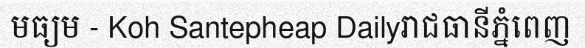
មធ្យម - Koh Santepheap Dailyរាជធានីភ្នំពេញ